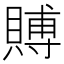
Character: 賻